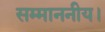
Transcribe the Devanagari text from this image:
सम्माननीय।